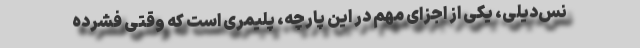
نس‌دیلی، یکی از اجزای مهم در این پارچه، پلیمری است که وقتی فشرده